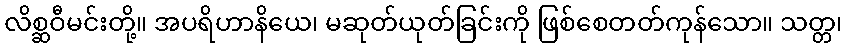
လိစ္ဆဝီမင်းတို့။ အပရိဟာနိယေ၊ မဆုတ်ယုတ်ခြင်းကို ဖြစ်စေတတ်ကုန်သော။ သတ္တ၊